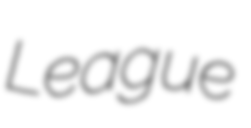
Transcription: League